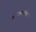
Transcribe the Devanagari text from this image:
डॉ॰राममनोहर